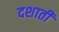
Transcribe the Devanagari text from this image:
दशाती